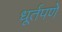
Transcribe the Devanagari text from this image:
धूर्तपणे